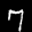
Label: 7